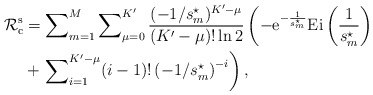
\begin{align*}{{\mathcal{R}}}_{{\rm{c}}}^{\rm{s}}&=\sum\nolimits_{m=1}^{M}\sum\nolimits_{\mu=0}^{K'}\frac{(-1/s_{m}^{\star})^{K'-\mu}}{(K'-\mu)!\ln{2}}\left(-{\rm{e}}^{-\frac{1}{s_{m}^{\star}}}{\rm{Ei}}\left(\frac{1}{s_{m}^{\star}}\right)\right.\\&+\left.\sum\nolimits_{i=1}^{K'-\mu}(i-1)!\left(-1/s_{m}^{\star}\right)^{-i}\right),\end{align*}